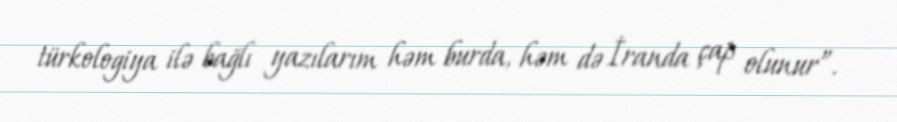
türkologiya ilə bağlı yazılarım həm burda, həm də İranda çap olunur”.